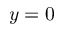
y = 0